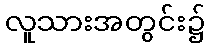
လူသားအတွင်း၌